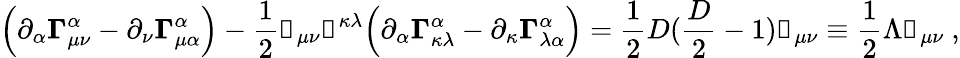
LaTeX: \Big(\partial_{\alpha}\mathbb{\Gamma}_{\mu\nu}^{\alpha}-\partial_{\nu}\mathbb{\Gamma}_{\mu\alpha}^{\alpha}\Big)-\frac{1}{2}\mathbb{g}_{\mu\nu}\mathbb{g}^{\kappa\lambda}\Big(\partial_{\alpha}\mathbb{\Gamma}_{\kappa\lambda}^{\alpha}-\partial_{\kappa}\mathbb{\Gamma}_{\lambda\alpha}^{\alpha}\Big)=\frac{1}{2}D(\frac{D}{2}-1)\mathbb{g}_{\mu\nu}\equiv\frac{1}{2}\Lambda\mathbb{g}_{\mu\nu}~,